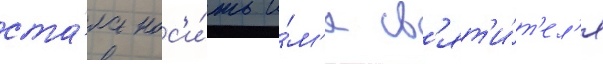
ста́ла нос'и́ть и́м'я св'ят'и́т'ел'я